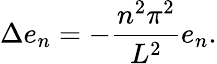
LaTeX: \Delta e_{n}=-{\frac{n^{2}\pi^{2}}{L^{2}}}e_{n}.